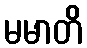
မမာတိ